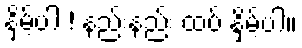
နှိမ့်ပါ ! နည်းနည်း ထပ် နှိမ့်ပါ။